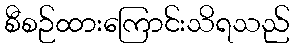
စီစဉ်ထားကြောင်းသိရသည်